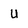
Character: U